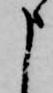
申